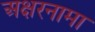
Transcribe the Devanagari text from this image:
अक्षरनामा